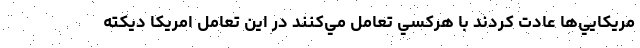
مريكايي‌ها عادت كردند با هركسي تعامل مي‌كنند در اين تعامل امريكا ديكته